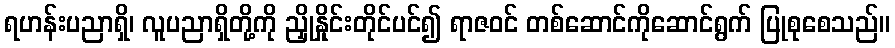
ရဟန်းပညာရှိ၊ လူပညာရှိတို့ကို ညှိုနှိုင်းတိုင်ပင်၍ ရာဇဝင် တစ်ဆောင်ကိုဆောင်ရွက် ပြုစုစေသည်။